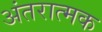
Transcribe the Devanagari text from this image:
अंतरात्मक